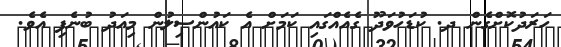
ހަރަދުކޮށްގެން ދ. ކުޑަހުވަދޫ ގެއެއްގައި ކަމަށް އެ ކައުންސިލުން މިއަދު ބުނެފި އެވެ.